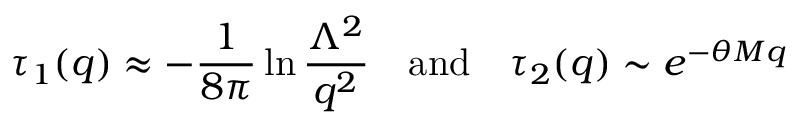
\tau _ { 1 } ( q ) \approx - \frac { 1 } { 8 \pi } \ln \frac { \Lambda ^ { 2 } } { q ^ { 2 } } \quad \mathrm { a n d } \quad \tau _ { 2 } ( q ) \sim e ^ { - \theta M q }